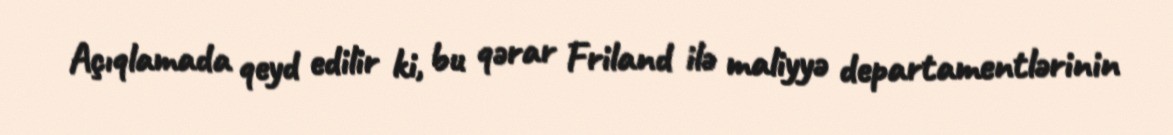
Açıqlamada qeyd edilir ki, bu qərar Friland ilə maliyyə departamentlərinin